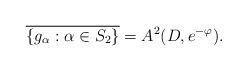
LaTeX: \begin{align*}\overline{\{g_{\alpha} : \alpha\in S_2\}}=A^2(D,e^{-\varphi}).\end{align*}